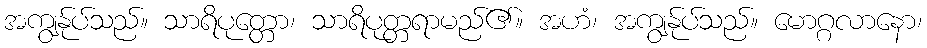
အကျွန်ုပ်သည်။ သာရိပုတ္တော၊ သာရိပုတ္တရာမည်၏။ အဟံ၊ အကျွန်ုပ်သည်။ မောဂ္ဂလာနော၊